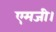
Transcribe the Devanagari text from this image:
एमजी।